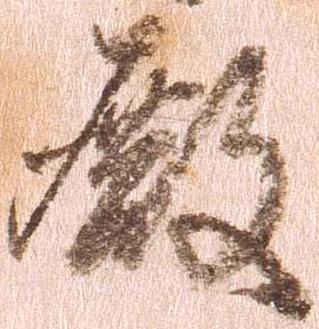
殿